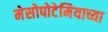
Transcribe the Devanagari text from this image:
मेसोपोटेमियाच्या